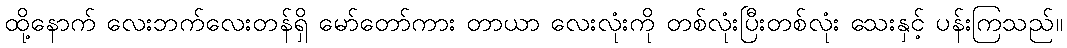
ထို့နောက် လေးဘက်လေးတန်ရှိ မော်တော်ကား တာယာ လေးလုံးကို တစ်လုံးပြီးတစ်လုံး သေးနှင့် ပန်းကြသည်။